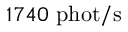
1 7 4 0 \ \mathrm { p h o t / s }